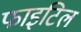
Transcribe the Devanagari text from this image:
फाइटिल